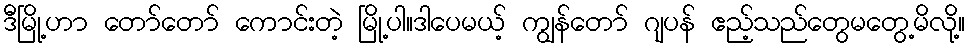
ဒီမြို့ဟာ တော်တော် ကောင်းတဲ့ မြို့ပါ။ဒါပေမယ့် ကျွန်တော် ဂျပန် ဧည့်သည်တွေမတွေ့မိလို့။